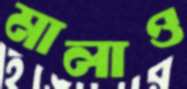
মালাও